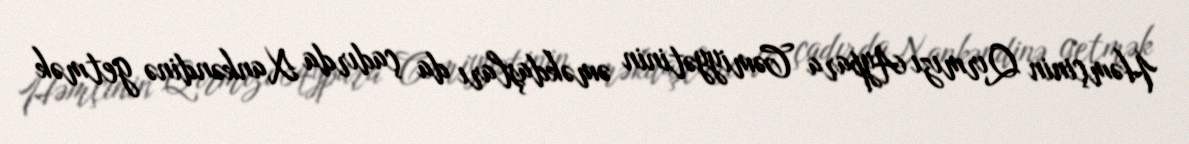
Həmçinin Qırmızı Aypara Cəmiyyətinin əməkdaşları da çadırda Xankəndinə getmək